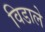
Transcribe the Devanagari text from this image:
विडाले